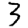
Digit: 3